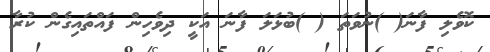
ކޮވެލި ފާނަ( )ނުވަތަ ( )ބުޅަލަ ފާނަ އަކީ ދިވެހިން ފައްތައިގެން ކުރާ